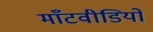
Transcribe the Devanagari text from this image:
माँटवीडियो